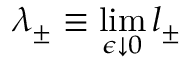
\lambda _ { \pm } \equiv \operatorname* { l i m } _ { \epsilon \downarrow 0 } l _ { \pm }